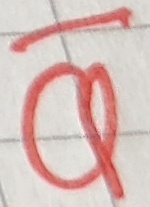
Text: Q